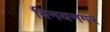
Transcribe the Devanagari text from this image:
विनयनगर